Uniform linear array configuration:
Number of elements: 24
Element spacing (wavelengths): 0.75
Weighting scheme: uniform
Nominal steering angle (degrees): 30
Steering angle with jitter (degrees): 29.688
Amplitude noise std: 0.05
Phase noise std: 0.05

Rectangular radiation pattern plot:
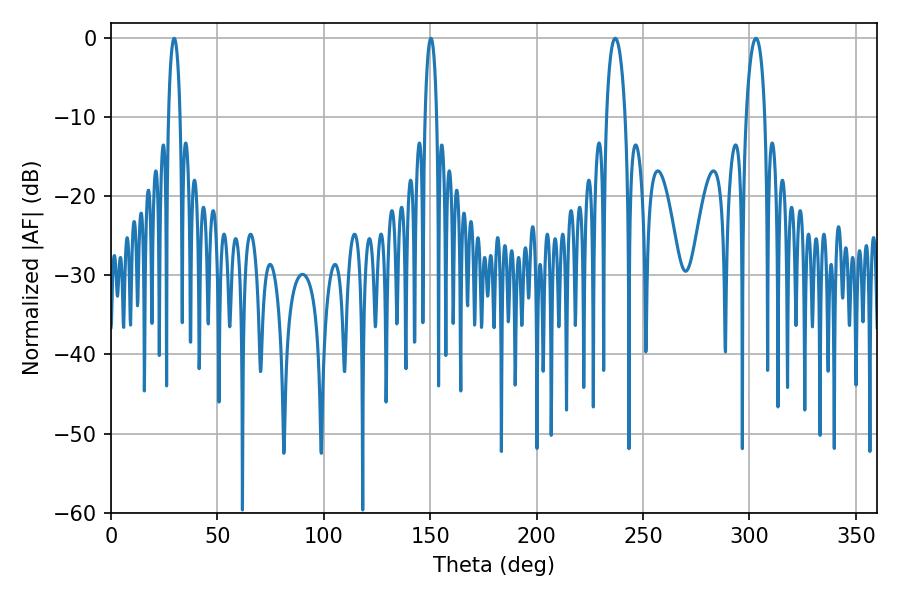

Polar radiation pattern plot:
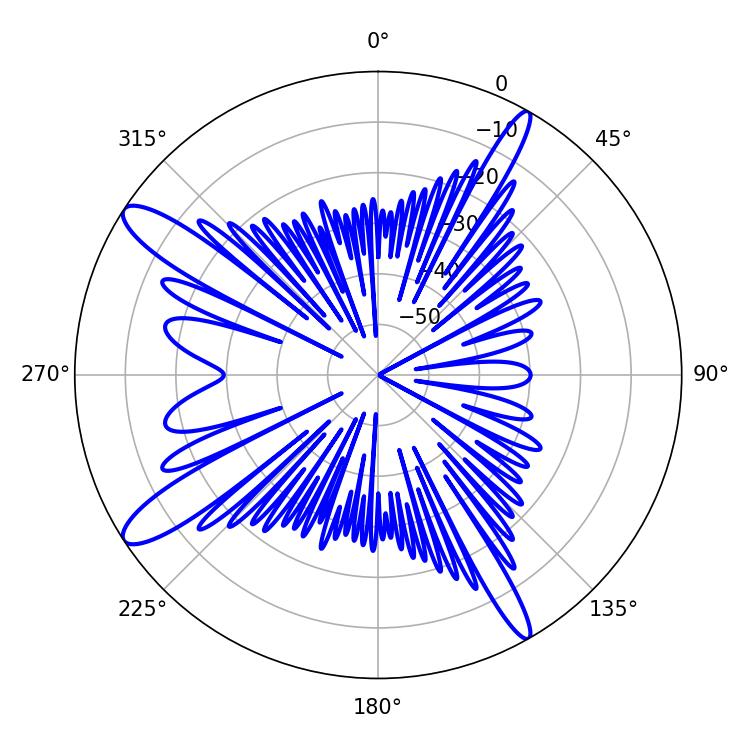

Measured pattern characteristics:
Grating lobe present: TRUE
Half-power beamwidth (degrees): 3.24
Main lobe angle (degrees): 29.7